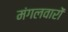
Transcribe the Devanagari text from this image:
मंगलवारों